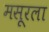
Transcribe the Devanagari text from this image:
मसूरला